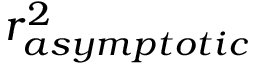
r _ { a s y m p t o t i c } ^ { 2 }